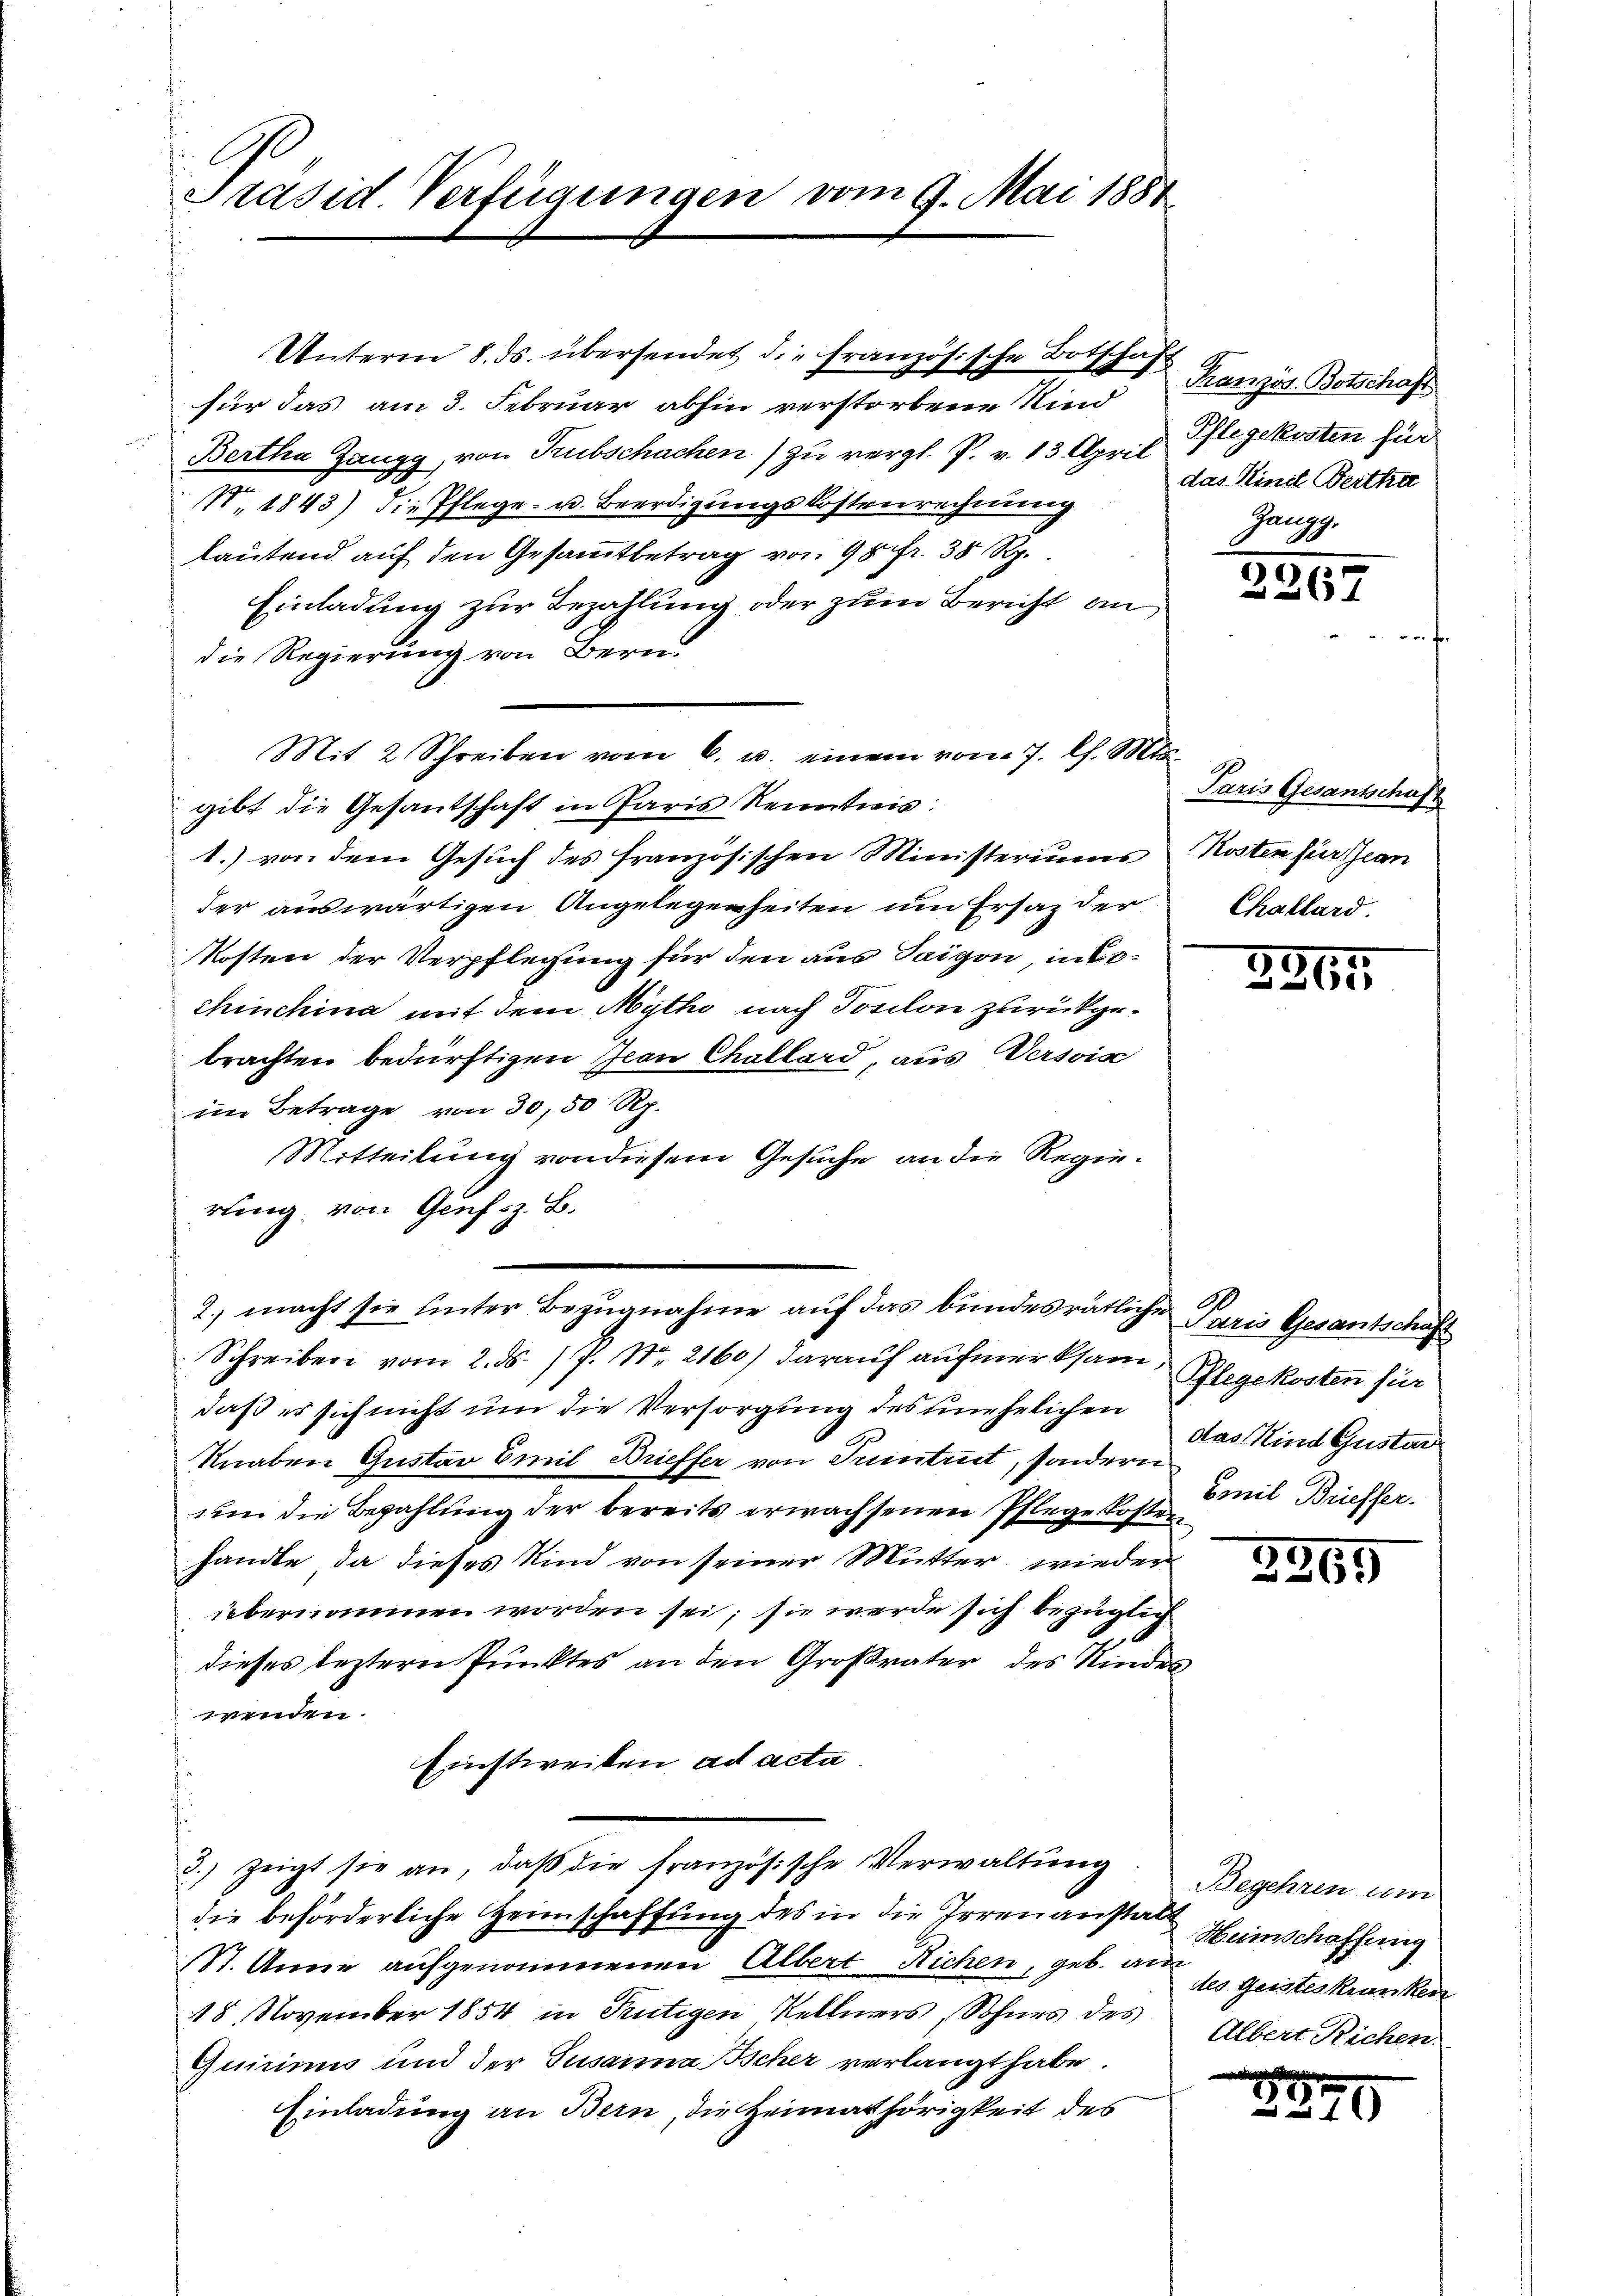
l
Präsid. Verfügungen vom 9. Mai 1881

Unterm 8. ds. übersendet die französische Botschaft Hanzös. Botschaft
für das am 3. Februar abhin verstorbene Kind
Bertha Zangg, von Trubschachen) zu vergl. P. v. 13. April gekosten für
N 1843) die Pflege- u. Beerdigungskostenrechnung
lautend auf den Gesammtbetrag von 9 p fr. 38 Rp.
Einladung zur Bezahlung oder zum Bericht an
die Regierung von Bern
Mit 2 Schreiben vom 6. u. einem vom 7. Ch. Mts.
gibt die Gesantschaft in Paris Kenntnis:
1.) von dem Gesuch des französischen Ministeriums
der auswärtigen Angelegenheiten um Ersatz der
Mosten der Verpflegung für den aus Taigen, in 60
chinchina mit dem Mytho nach Posilon zurückgebrachten bedürftigen Jean Challard, aus Versois
im Betrage von 30, 50 Rp.
Mitteilung von diesem Gesuche an die Regierung von Genf z. B.
2. macht sie unter Bezugnahme auf das bundesrätliche Paris Gesantschaft
Schreiben vom 2. ds. 17. No. 2160) darauf aufmerksam, Blegekosten für
daß es sich nicht um die Versorgung des unehelichen
Knaben Gustan Emil Brieffer von Pruntrut, sondern den Kind Gustar
um die Bezahlung der bereits erwachsenen Pflegekosten
handle, da dieses Kind von seiner Mutter, wieder
übernommen worden sei; sie werde sich bezüglich
dieses leztern Punktes an den Großvater des Kindes
winden.
Einstweiten ad acta
3.) zeigt sie an, daß die französische Verwaltung
die beförderliche Heimschaffung des in die Irrenanstalt Heinschaffung
St. Anna aufgenommenen Albert Richen, geb. an des Geisteskranken
18. November 1854 in Teutigen Kellners, Sohnes des
Quirinus und der Susanna scher verlangt habe.
Einladung an Bern, die Heimathörigkeit des

das Vinil Bertha
Zangg.

2267

Paris Gesantschaft
Kosten für Jean
Challard.

3

265

Emil Brieffer

3959

Begehren um
Albert Richen.

r
 1